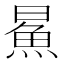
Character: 𬵅